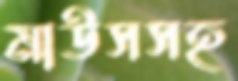
মাউসসহ